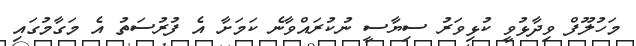
މަހުލޫފް ވިދާޅުވީ ކުޅިވަރު ސިޔާސީ ނުކުރައްވާނެ ކަމަށާ އެ ފުރުސަތު އެ މަގާމުގައި